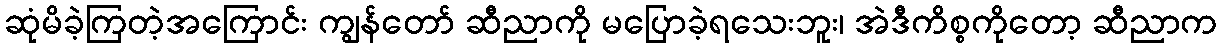
ဆုံမိခဲ့ကြတဲ့အကြောင်း ကျွန်တော် ဆီညာကို မပြောခဲ့ရသေးဘူး၊ အဲဒီကိစ္စကိုတော့ ဆီညာက